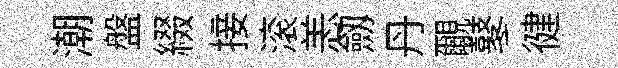
潮盤綴接滚恙劔丹覼鼕徤